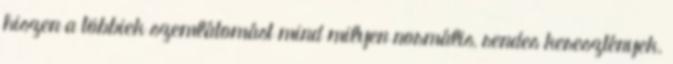
hiszen a többiek szemlátomást mind milyen normális, rendes keresztények.